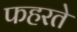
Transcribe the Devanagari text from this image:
फहरते